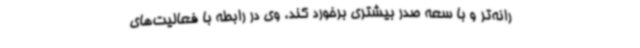
رانه‌تر و با سعه صدر بیشتری برخورد کند. وی در رابطه با فعالیت‌های